Report on lock hospitals in British Burma
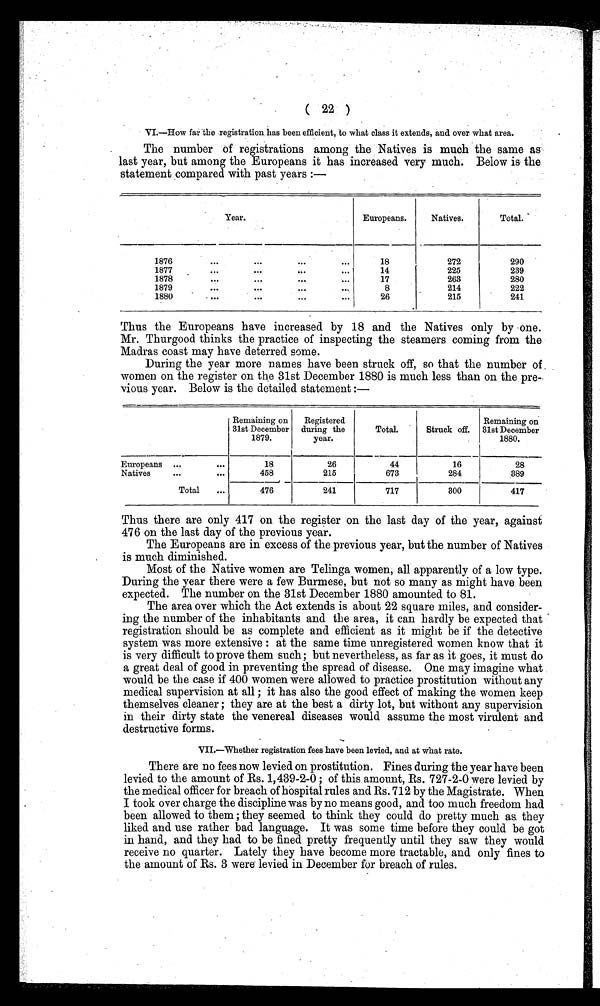
( 22 )
VI.—How far the registration has been efficient, to what class it extends, and over what area.
The number of registrations among the Natives is much the same as
last year, but among the Europeans it has increased very much. Below is the
statement compared with past years :—
Year.
Europeans.
Natives.
Total.
1876
. . .
. . .
. . .
. . .
18
272
290
1877
. . .
. . .
. . .
. . .
14
225
239
1878
. . .
. . .
. . .
. . .
17
263
280
1879
. . .
. . .
. . .
. . .
8
214
222
1880
. . .
. . .
. . .
. . .
26
215
241
Thus the Europeans have increased by 18 and the Natives only by one.
Mr. Thurgood thinks the practice of inspecting the steamers coming from the
Madras coast may have deterred some.
During the year more names have been struck off, so that the number of ,
women on the register on the 31st December 1880 is much less than on the pre
vious year. Below is the detailed statement :—
Remaining on
31st December
1879.
Registered
during the
year.
Total.
Struck off.
Remaining on
31st December
1880.
Europeans ...
. . .
18
26
44
16
28
Natives
...
. . .
458
215
673
284
389
Total
...
476
241
717
300
417
Thus there are only 417 on the register on the last day of the year, against
476 on the last day of the previous year.
The Europeans are in excess of the previous year, but the number of Natives
is much diminished.
Most of the Native women are Telinga women, all apparently of a low type.
During the year there were a few Burmese, but not so many as might have been
expected. The number on the 31st December 1880 amounted to 81.
The area over which the Act extends is about 22 square miles, and consider-
ing the number of the inhabitants and the area, it can hardly be expected that
registration should be as complete and efficient as it might be if the detective
system was more extensive : at the same time unregistered women know that it
is very difficult to prove them such; but nevertheless, as far as it goes, it must do
a great deal of good in preventing the spread of disease. One may imagine what
would be the case if 400 women were allowed to practice prostitution without any
medical supervision at all ; it has also the good effect of making the women keep
themselves cleaner ; they are at the best a dirty lot, but without any supervision
in their dirty state the venereal diseases would assume the most virulent and
destructive forms.
VII.—Whether registration fees have been levied, and at what rate.
There are no fees now levied on prostitution. Fines during the year have been
levied to the amount of Rs. 1,439-2-0 ; of this amount, Rs. 727-2-0 were levied by
the medical officer for breach of hospital rules and Rs. 712 by the Magistrate. When
I took over charge the discipline was by no means good, and too much freedom had
been allowed to them ; they seemed to think they could do pretty much as. they
liked and use rather bad language. It was some time before they could be got
in hand, and they had to be fined pretty frequently until they saw they would
receive no quarter. Lately they have become more tractable, and only fines to
the amount of Rs. 3 were levied in December for breach of rules.